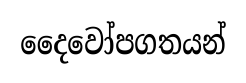
දෛවෝපගතයන්